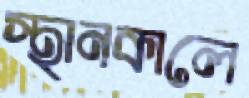
স্থানকালে